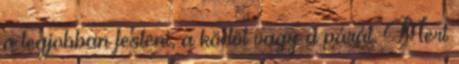
a legjobban festeni, a ködöt vagy a párát. Mert